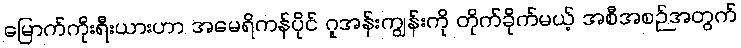
မြောက်ကိုးရီးယားဟာ အမေရိကန်ပိုင် ဂူအန်းကျွန်းကို တိုက်ခိုက်မယ့် အစီအစဉ်အတွက်